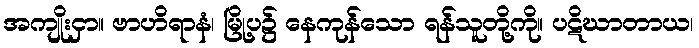
အကျိုးငှာ။ ဗာဟိရာနံ၊ မြို့ပ၌ နေကုန်သော ရန်သူတို့ကို။ ပဋိဃာတာယ၊